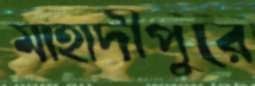
মাহাদীপুরে